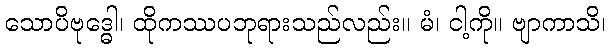
သောပိဗုဒ္ဓေါ၊ ထိုကဿပဘုရားသည်လည်း။ မံ၊ ငါ့ကို။ ဗျာကာသိ၊